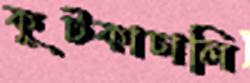
কূটকাচালি